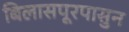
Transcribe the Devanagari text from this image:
बिलासपूरपासुन